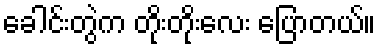
ခေါင်းတွဲက တိုးတိုးလေး ပြောတယ်။